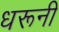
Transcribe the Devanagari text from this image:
धरूनी